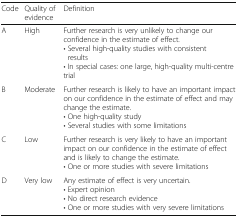
| Code | Quality of evidence | Definition |
 | --- | --- | --- |
 | A | High | Further research is very unlikely to change our confidence in the estimate of effect.• Several high-quality studies with consistent results• In special cases: one large, high-quality multi-centre trial |
 | B | Moderate | Further research is likely to have an important impact on our confidence in the estimate of effect and may change the estimate.• One high-quality study• Several studies with some limitations |
 | C | Low | Further research is very likely to have an important impact on our confidence in the estimate of effect and is likely to change the estimate.• One or more studies with severe limitations |
 | D | Very low | Any estimate of effect is very uncertain.• Expert opinion• No direct research evidence• One or more studies with very severe limitations |